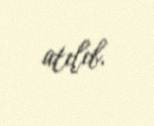
atılıb.